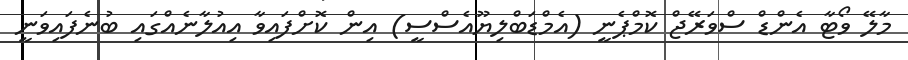
މާލޭ ވޯޓާ އެންޑް ސްވަރޭޖް ކޮމްޕެނީ (އެމްޑަބްލިޔޫއެސްސީ) އިން ކޮށްފައިވާ އިއުލާނެއްގައި ބުނެފައިވަނީ